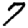
Digit: 7